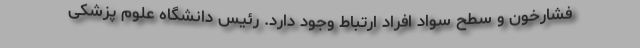
فشارخون و سطح سواد افراد ارتباط وجود دارد. رئیس دانشگاه علوم پزشکی